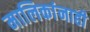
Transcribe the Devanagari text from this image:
मालिकांनाही